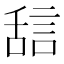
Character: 𬜇